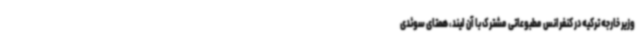
وزیر خارجه ترکیه در کنفرانس مطبوعاتی مشترک با آن لیند، همتای سوئدی